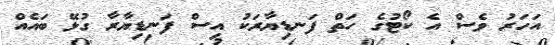
އަހަރު ވެސް އެ ކޯޓުގެ ހަތް ފަނޑިޔާރަކު އިސް ފަނޑިޔާރާ ގުޅޭ ބައެއް